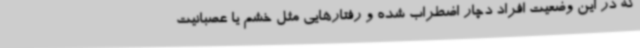
که در این وضعیت افراد دچار اضطراب شده و رفتارهایی مثل خشم یا عصبانیت